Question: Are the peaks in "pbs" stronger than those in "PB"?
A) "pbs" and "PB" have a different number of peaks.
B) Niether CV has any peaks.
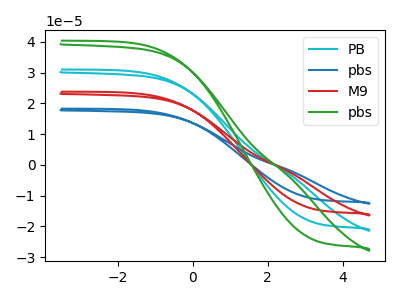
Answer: <think>The cyan curve "PB" has no peaks. The blue curve "pbs" has no peaks. The red curve "M9" has no peaks. The green curve "pbs" has no peaks.</think>
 <answer>B) Niether CV has any peaks.</answer>
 <eval>B</eval>